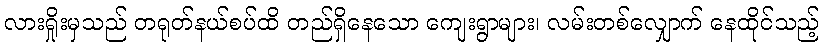
လားရှိုးမှသည် တရုတ်နယ်စပ်ထိ တည်ရှိနေသော ကျေးရွာများ၊ လမ်းတစ်လျှောက် နေထိုင်သည့်